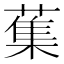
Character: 𦺴